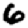
Digit: 6